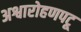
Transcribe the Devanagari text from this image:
अश्वारोहणपटू